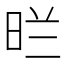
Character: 𭥪